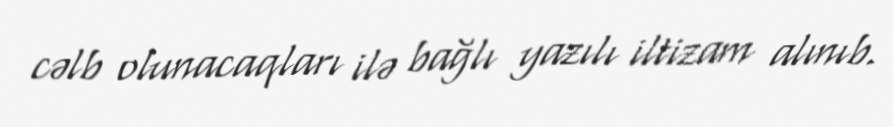
cəlb olunacaqları ilə bağlı yazılı iltizam alınıb.